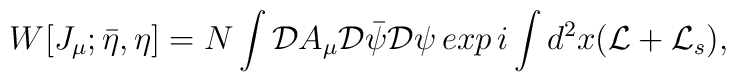
W [J_\mu; \bar \eta, \eta] = N \int{\cal D} A_\mu {\cal D} \bar \psi{\cal D} \psi\,exp\, i \int d^2 x ({\cal L} +{\cal L}_s),